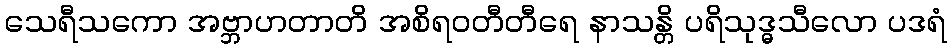
သေရီသကော အဗ္ဘာဟတာတိ အစိရဝတီတီရေ နာသန္တိ ပရိသုဒ္ဓသီလော ပဒရံ